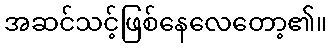
အဆင်သင့်ဖြစ်နေလေတော့၏။